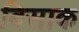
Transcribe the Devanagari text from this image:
बिसाक